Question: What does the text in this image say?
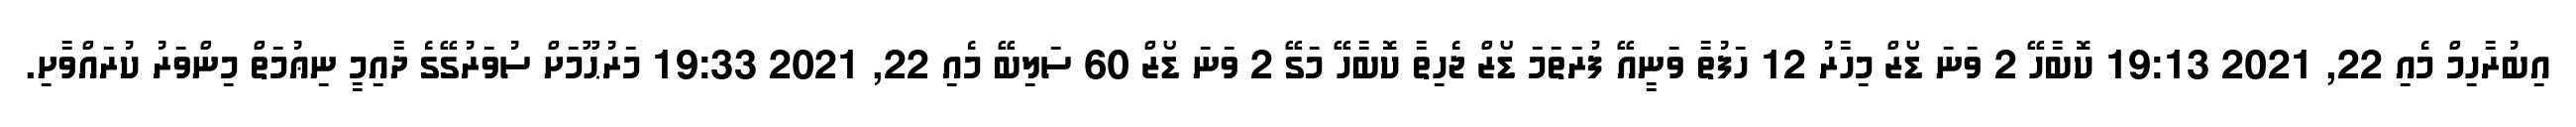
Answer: އިބުރާހިމް މެއި 22, 2021 19:13 ކޮބާހޭ 2 ވަނަ ޑޯޒް މިހާރު 12 ހަފުތާ ވަނީއޭ ފުރަތަމަ ޑޯޒް ޖެހިތާ ކޮބާހޭ މަގޭ 2 ވަނަ ޑޯޒް 60 ސަލިބޭ މެއި 22, 2021 19:33 މަރުޙޫމަށް ސުވަރުގޭގެ ދާއިމީ ނިޢުމަތް މިންވަރު ކުރައްވާށި.